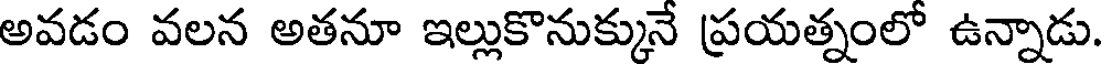
అవడం వలన అతనూ ఇల్లుకొనుక్కునే ప్రయత్నంలో ఉన్నాడు.